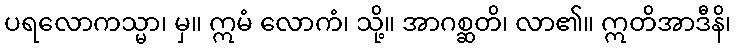
ပရလောကသ္မာ၊ မှ။ ဣမံ လောကံ၊ သို့။ အာဂစ္ဆတိ၊ လာ၏။ ဣတိအာဒီနိ၊